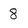
Character: 8